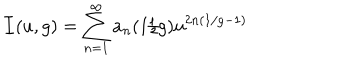
LaTeX: { \cal I } ( u , g ) = \sum _ { n = 1 } ^ { \infty } a _ { n } ( 1 / g ) u ^ { 2 n ( 1 / g - 1 ) }